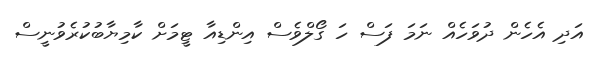
އަދި އެހެން ދުވަހެއް ނަމަ ފަސް ހަ ގޯލްވެސް އިންޑިއާ ޓީމަށް ކާމިޔާބުކުރެވުނީސް